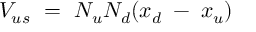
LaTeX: V _ { u s } ~ = ~ N _ { u } N _ { d } ( x _ { d } \; - \; x _ { u } )